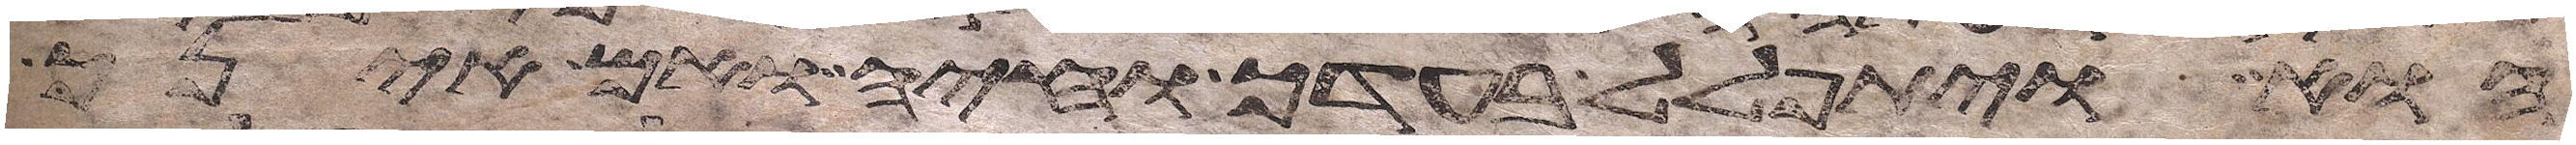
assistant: הוא ויתפלל בעדך וחיה ואם אינך